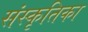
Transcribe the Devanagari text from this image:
संस्कृतिका